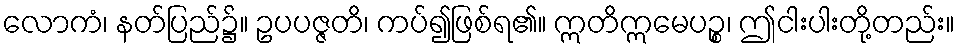
လောကံ၊ နတ်ပြည်၌။ ဥပပဇ္ဇတိ၊ ကပ်၍ဖြစ်ရ၏။ ဣတိဣမေပဉ္စ၊ ဤငါးပါးတို့တည်း။